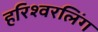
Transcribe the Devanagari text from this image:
हरिश्वरलिंग